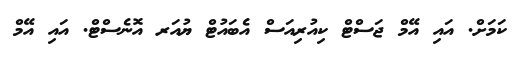
ކަމަށް. އައި އޭމް ޖަސްޓް ކިއުރިއަސް އެބައުޓް ޔުއަރ އޮނެސްޓް. އައި އޭމް